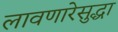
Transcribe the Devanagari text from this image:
लावणारेसुद्धा